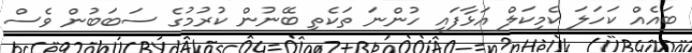
ބައެއް ކަހަލަ ކެމިކަލް އަޅާފައި ހުންނަ ތަކެތި ބޭނުން ކުރުމުގެ ސަބަބުން ވެސް